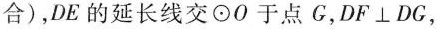
合)，DE的延长线交⊙O于点G，$$DF\bot DG$$，